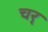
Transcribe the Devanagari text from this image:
चर्